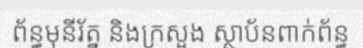
ព័ន្ធមុនីរ័ត្ន និងក្រសួង ស្ថាប័នពាក់ព័ន្ធ